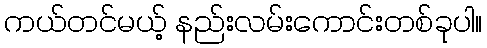
ကယ်တင်မယ့် နည်းလမ်းကောင်းတစ်ခုပါ။